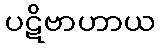
ပဋိဗာဟာယ